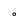
Character: O